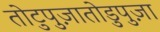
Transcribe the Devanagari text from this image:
तोटुपुज़ातोडुपुज़ा